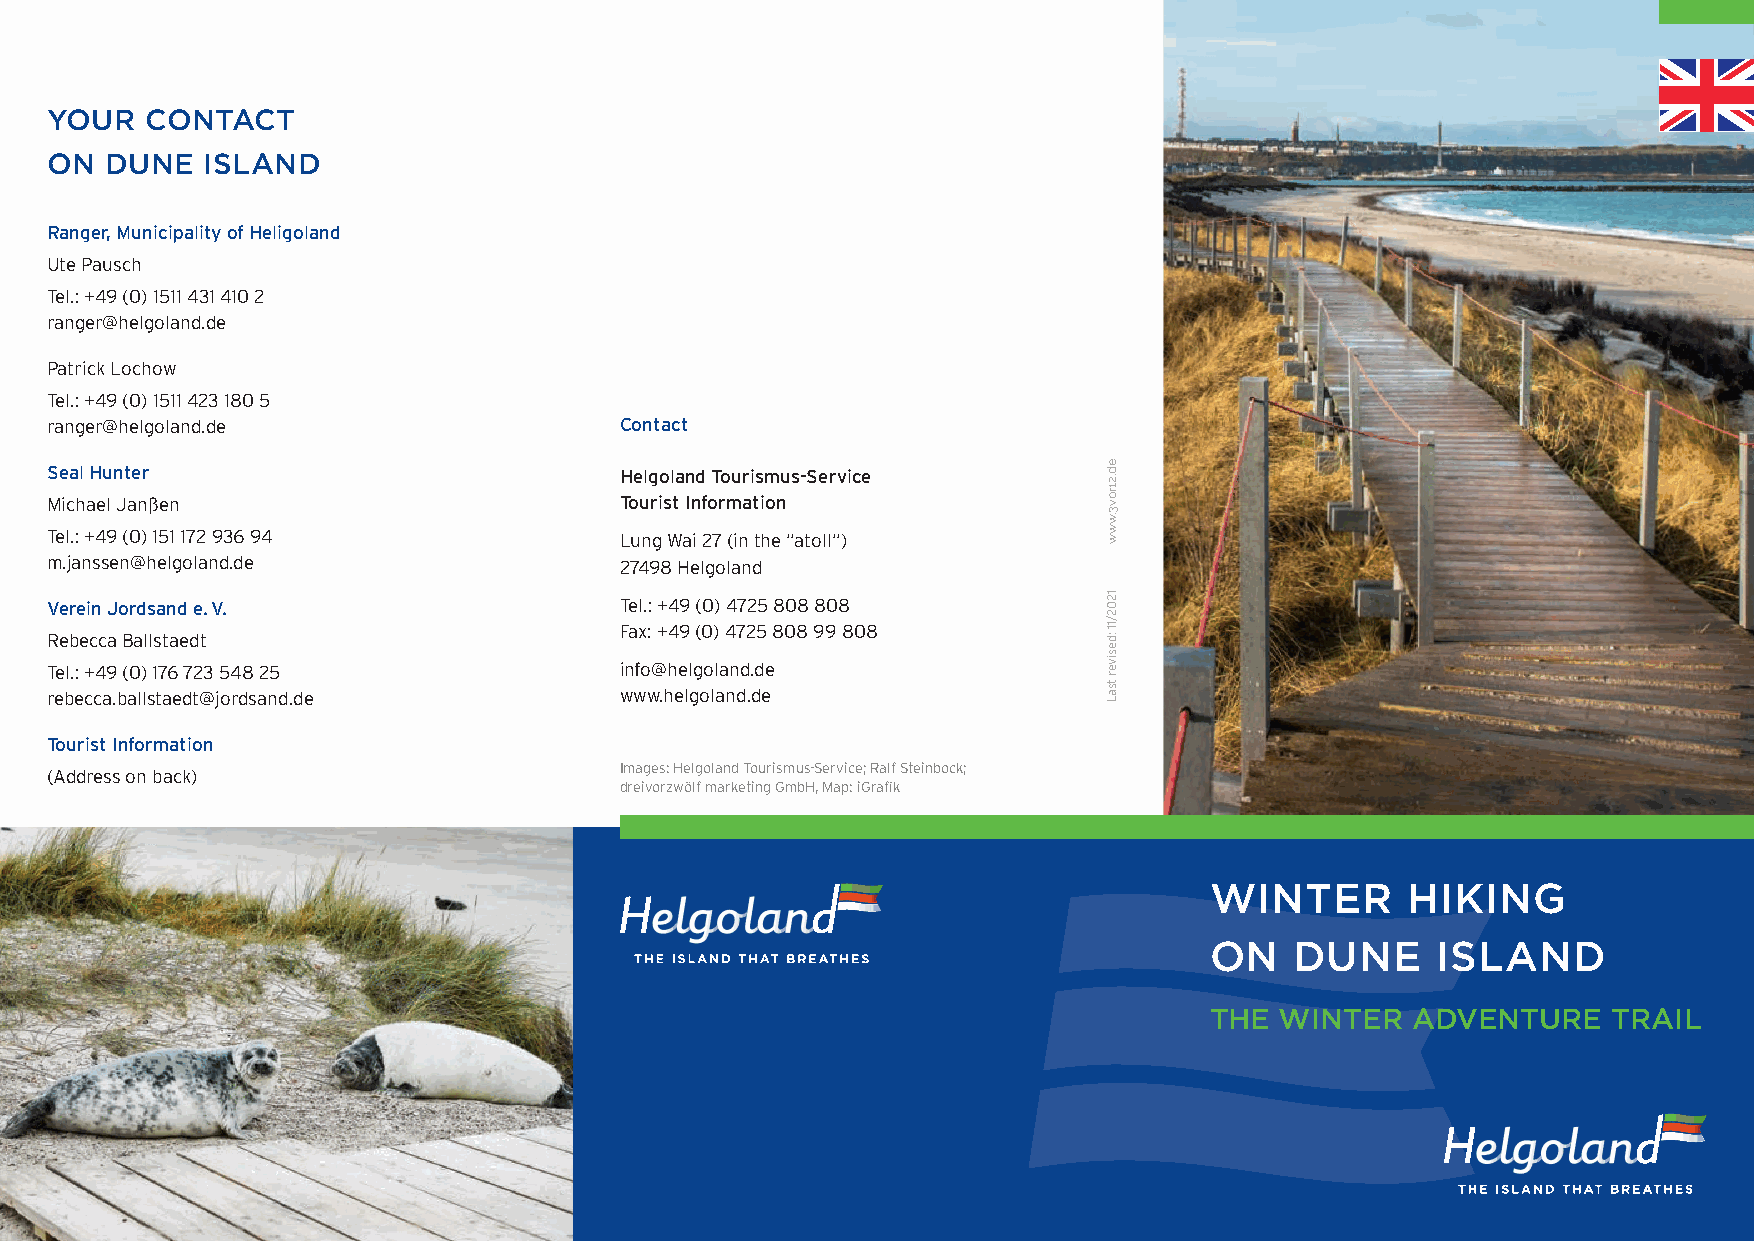
YOUR   CONTACT
 ON  DUNE  ISLAND
 Ranger, Municipality of Heligoland
 Ute Pausch
 Tel.: +49 (0) 1511 431 410 2
 ranger@helgoland.de
 Patrick Lochow
 Tel.: +49 (0) 1511 423 180 5
 ranger@helgoland.de                   Contact
 Seal Hunter                           Helgoland Tourismus-Service
 Michael Janßen                        Tourist Information
 Tel.: +49 (0) 151 172 936 94          Lung Wai 27 (in the “atoll“)
 m.janssen@helgoland.de                27498 Helgoland
 Verein Jordsand e. V.                 Tel.: +49 (0) 4725 808 808
 Fax: +49 (0) 4725 808 99 808
 Rebecca Ballstaedt
 Tel.: +49 (0) 176 723 548 25          info@helgoland.de
 rebecca.ballstaedt@jordsand.de        www.helgoland.de
 Tourist Information
 Images: Helgoland Tourismus-Service; Ralf Steinbock;
 (Address on back)
 dreivorzwölf marketing GmbH, Map: iGrafik
 WINTER       HIKING
 ON    DUNE     ISLAND
 DIE INSEL DIE ATMET                   THE  WINTER  ADVENTURE     TRAIL
 THE ISLAND THAT BREATHES
 DIE INSEL DIE ATMET
 THE ISLAND THAT BREATHES
 ed.21rov3.www
 1202/11
 :desiver
 tsaL